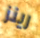
رينز